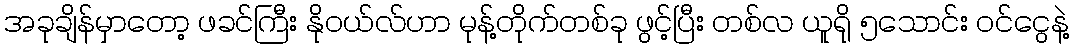
အခုချိန်မှာတော့ ဖခင်ကြီး နိုဝယ်လ်ဟာ မုန့်တိုက်တစ်ခု ဖွင့်ပြီး တစ်လ ယူရို ၅သောင်း ဝင်ငွေနဲ့